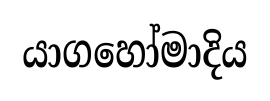
යාගහෝමාදිය